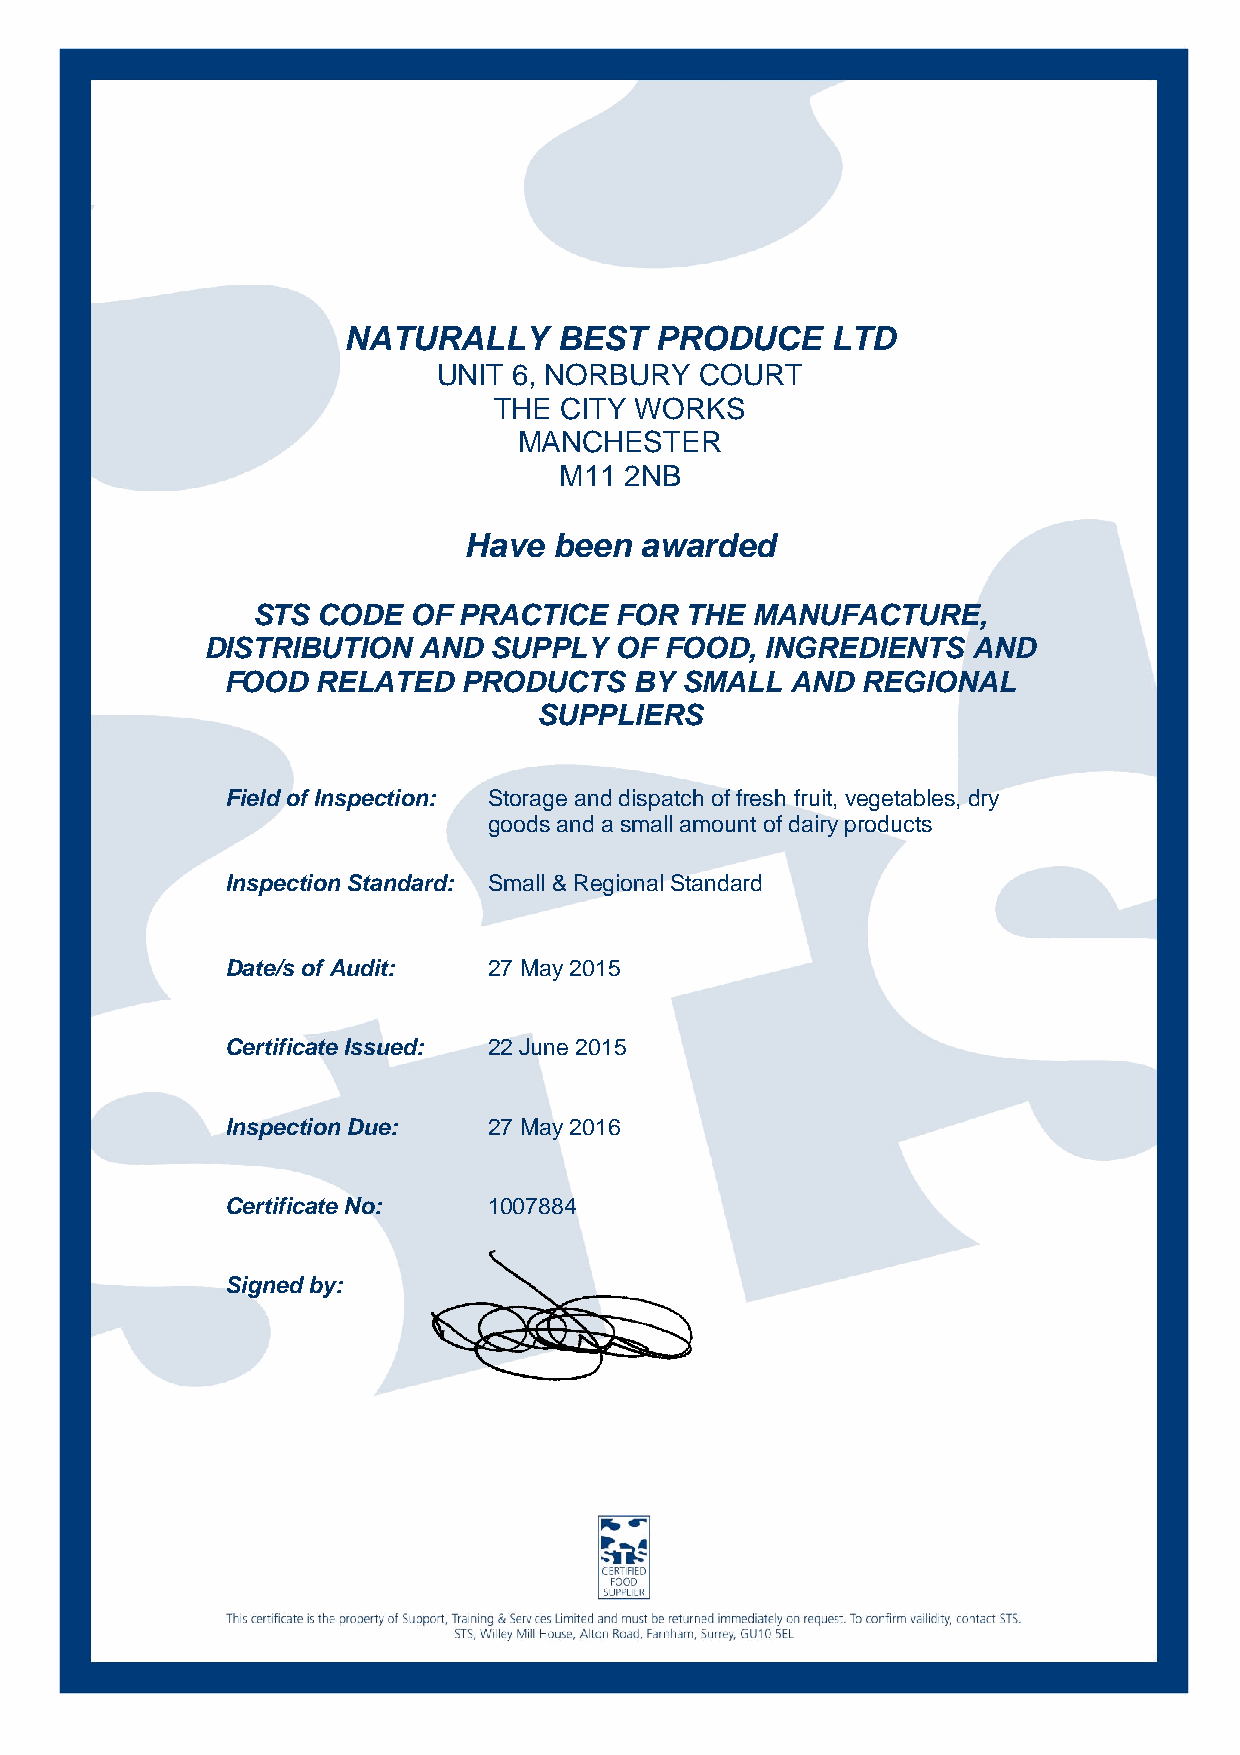
NATURALLY     BEST  PRODUCE     LTD
 UNIT 6, NORBURY  COURT
 THE CITY WORKS
 MANCHESTER
 M11 2NB
 Have  been awarded
 STS CODE  OF PRACTICE   FOR THE  MANUFACTURE,
 DISTRIBUTION  AND SUPPLY   OF FOOD,  INGREDIENTS  AND
 FOOD  RELATED   PRODUCTS   BY SMALL  AND  REGIONAL
 SUPPLIERS
 Field of Inspection: Storage and dispatch of fresh fruit, vegetables, dry
 goods and a small amount of dairy products
 Inspection Standard: Small & Regional Standard
 Date/s of Audit: 27 May 2015
 Certificate Issued: 22 June 2015
 Inspection Due:  27 May 2016
 Certificate No:  1007884
 Signed by: